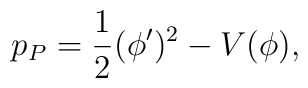
p_P = {1\over2}(\phi')^2 - V(\phi),